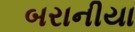
બરાનીયા